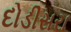
દોડીસરા